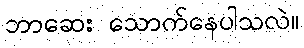
ဘာဆေး သောက်နေပါသလဲ။